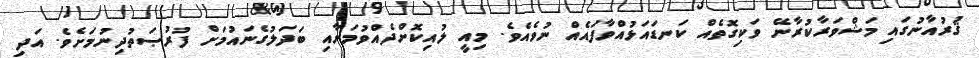
ޤުރުއާނުގައި މަޝްވަރާކުރާނޭ ވަކިގޮތެއް ކަނޑައަޅުއްވާފައެއް ނުވެއެވެ. މިއީ ލުއިކޮށްދެއްވުމަށާއި ބަދަލުގެނައުމަށް ފުރުޞަތުދިނުމަށެވެ. އަދި